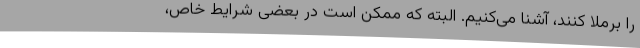
را برملا کنند، آشنا می‌کنیم. البته که ممکن است در بعضی شرایط خاص،